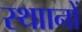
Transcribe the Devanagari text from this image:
स्थाानों